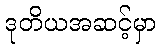
ဒုတိယအဆင့်မှာ